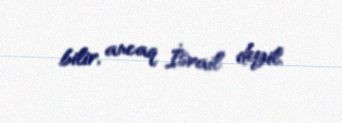
bilir, ancaq İsrail deyil.